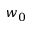
w _ { 0 }